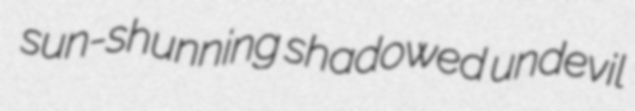
sun-shunning shadowed undevil